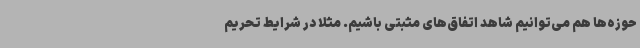
حوزه‌ها هم می‌توانیم شاهد اتفاق‌های مثبتی باشیم. مثلاً در شرایط تحریم